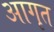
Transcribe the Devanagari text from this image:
आगृत